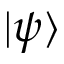
| \psi \rangle